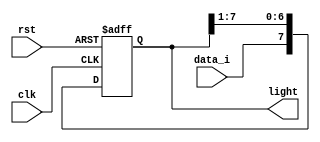
`timescale 1ns / 1ps
//////////////////////////////////////////////////////////////////////////////////
// Company: 
// Engineer: 
// 
// Design Name: 
// Module Name: running_light
// Project Name: 
// Target Devices: 
// Tool Versions: 
// Description: 
// 
// Dependencies: 
// 
// Revision:
// Revision 0.01 - File Created
// Additional Comments:
// 
//////////////////////////////////////////////////////////////////////////////////

module running_light(
	input clk,
	input rst,
	input data_i,
	output reg [7:0] light);

	always @(posedge rst,posedge clk) begin
		if (rst==1) begin
			light[7:0] <= 0;
		end else begin
			light[7:0] <= {data_i,light[7:1]};
		end
	end

endmodule